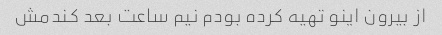
از بیرون اینو تهیه کرده بودم نیم ساعت بعد کندمش